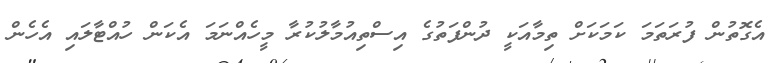
އެގޮތުން ފުރަތަމަ ކަމަކަށް ތިމާއަކީ ދުންފަތުގެ އިސްތިއުމާލުކުރާ މީހެއްނަމަ އެކަން ހުއްޓާލައި އެހެން